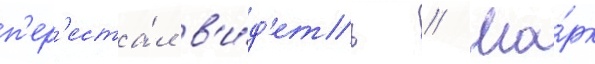
п'ер'еста́л в'и́д'еть // Ма́рк